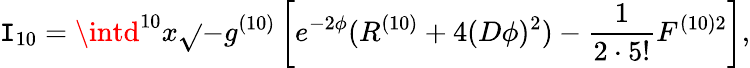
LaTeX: \mathtt{I}_{10}=\intd^{10}x\sqrt{}{{-g^{(10)}}}\left[e^{-2\phi}(R^{(10)}+4(D\phi)^{2})-\frac{{1}}{{2\cdot5!}}F^{(10)2}\right],